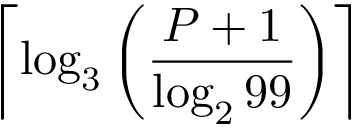
\left\lceil \log _ { 3 } \left( { \frac { P + 1 } { \log _ { 2 } 9 9 } } \right) \right\rceil